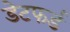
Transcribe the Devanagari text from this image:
डेटफर्ड